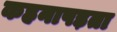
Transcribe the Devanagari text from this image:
कहनापड़ता